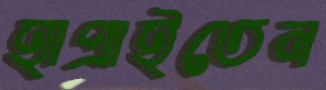
হাপ্‌রাইতেন